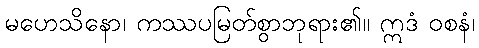
မဟေသိနော၊ ကဿပမြတ်စွာဘုရား၏။ ဣဒံ ဝစနံ၊